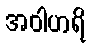
အဝါဟရိ